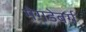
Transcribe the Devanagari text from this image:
मेगडेबर्ग